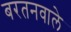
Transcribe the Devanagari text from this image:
बरतनवाले